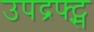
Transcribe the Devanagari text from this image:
उपद्रफ्ट्स